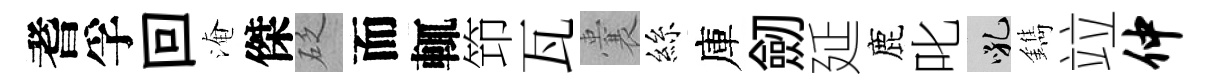
耆孚回淹傑砭而輒笻瓦囊絲庫劒延鹿叱吼鐫竝仲